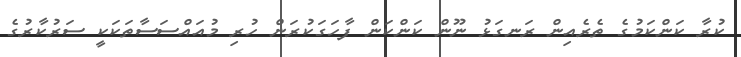
ކުރާ ކަންކަމުގެ ތެރެއިން ރަނގަޅު ނޫން ކަންކަން ފާހަގަކުރަން ހުރި މުއައްސަސާތަކަކީ ސަރުކާރުގެ